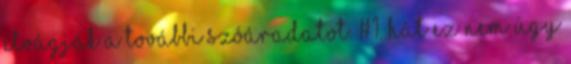
elvágják a további szóáradatot. #1. Hát ez nem úgy